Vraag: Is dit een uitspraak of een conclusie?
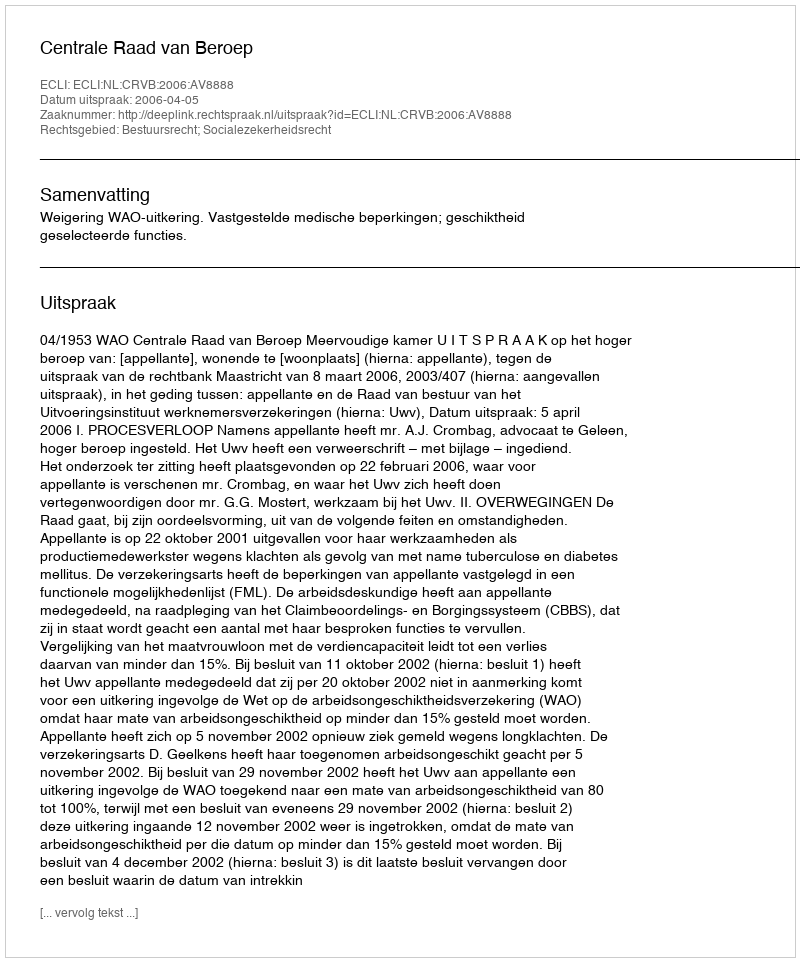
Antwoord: Uitspraak